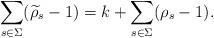
LaTeX: \begin{align*}\sum_{s\in \Sigma}(\widetilde{\rho}_s - 1) = k+ \sum_{s\in\Sigma}(\rho_s -1).\end{align*}